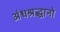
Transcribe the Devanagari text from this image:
अंधश्रद्धानो